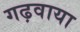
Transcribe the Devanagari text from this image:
गढ़वाया